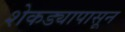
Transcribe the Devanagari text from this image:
शेकड्यापासून